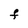
Character: F